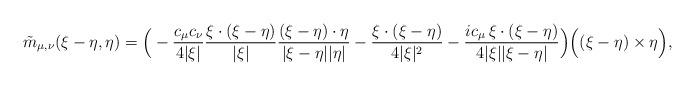
LaTeX: \begin{align*}\tilde{m}_{\mu, \nu}(\xi -\eta, \eta) = \Big(- \frac{c_{\mu} c_{\nu}}{4 |\xi|} \frac{\xi \cdot (\xi -\eta)}{|\xi |} \frac{(\xi - \eta) \cdot \eta}{|\xi - \eta| |\eta|} - \frac{\xi \cdot (\xi - \eta)}{4 |\xi|^{2}} -\frac{ i c_{\mu}\,\xi\cdot (\xi-\eta)}{4|\xi| |\xi-\eta|} \Big) \Big( (\xi - \eta) \times \eta \Big),\end{align*}